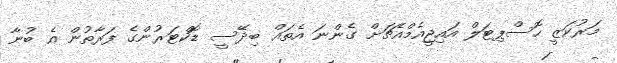
މަރުކަޒީ ހޮސްޕިޓަލް އައިޖީއެމްއެޗަށް ގެންނަ އެތައް ބިދޭސީ ޑޮކްޓަރުންގެ ފަރާތުން އެ ބުނާ